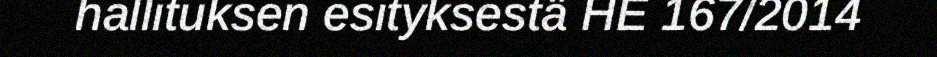
hallituksen esityksestä HE 167/2014